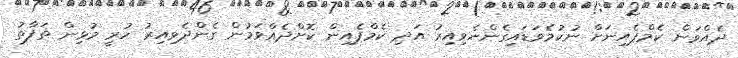
ދެއްވަން ކެމްޕެއިނަށް ނުކުމެވަޑައިގެންނެވިއިރު އަދި ކެމްޕެއިން ކޮށްދެއްވަމުން ގެންދެވިއިރު ހުރީ މުޅިން ތަފާތު